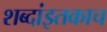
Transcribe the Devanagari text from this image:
शब्दांइतकाच